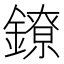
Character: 鐐